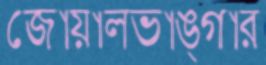
জোয়ালভাঙ্গার